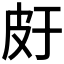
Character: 𤿍